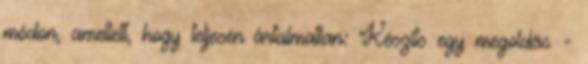
módon, amellett, hogy teljesen ártalmatlan: Készíts egy megoldás -